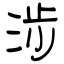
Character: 涉